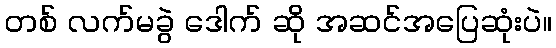
တစ် လက်မခွဲ ဒေါက် ဆို အဆင်အပြေဆုံးပဲ။